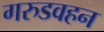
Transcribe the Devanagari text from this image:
गरुडवहन